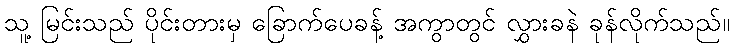
သူ့ မြင်းသည် ပိုင်းတားမှ ခြောက်ပေခန့် အကွာတွင် လွှားခနဲ ခုန်လိုက်သည်။